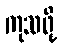
ကုသဖို့